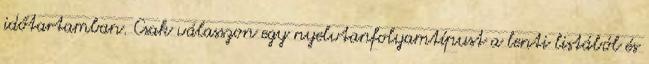
időtartamban. Csak válasszon egy nyelvtanfolyamtípust a lenti listából és